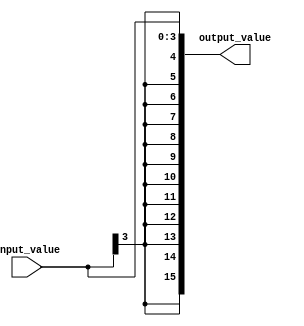

module sign_extend_4to16( input_value, output_value);
input [3:0]input_value;
output [15:0] output_value;

assign output_value = { {12{input_value[3]}},input_value};

endmodule